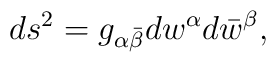
ds^2=g_{\alpha\bar \beta}dw^{\alpha}d\bar w^{\beta},